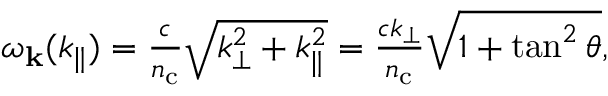
\begin{array} { r } { \omega _ { \bf k } ( k _ { \parallel } ) = \frac { c } { n _ { \mathrm { c } } } \sqrt { k _ { \perp } ^ { 2 } + k _ { \parallel } ^ { 2 } } = \frac { c k _ { \perp } } { n _ { \mathrm { c } } } \sqrt { 1 + \tan ^ { 2 } \theta } , } \end{array}